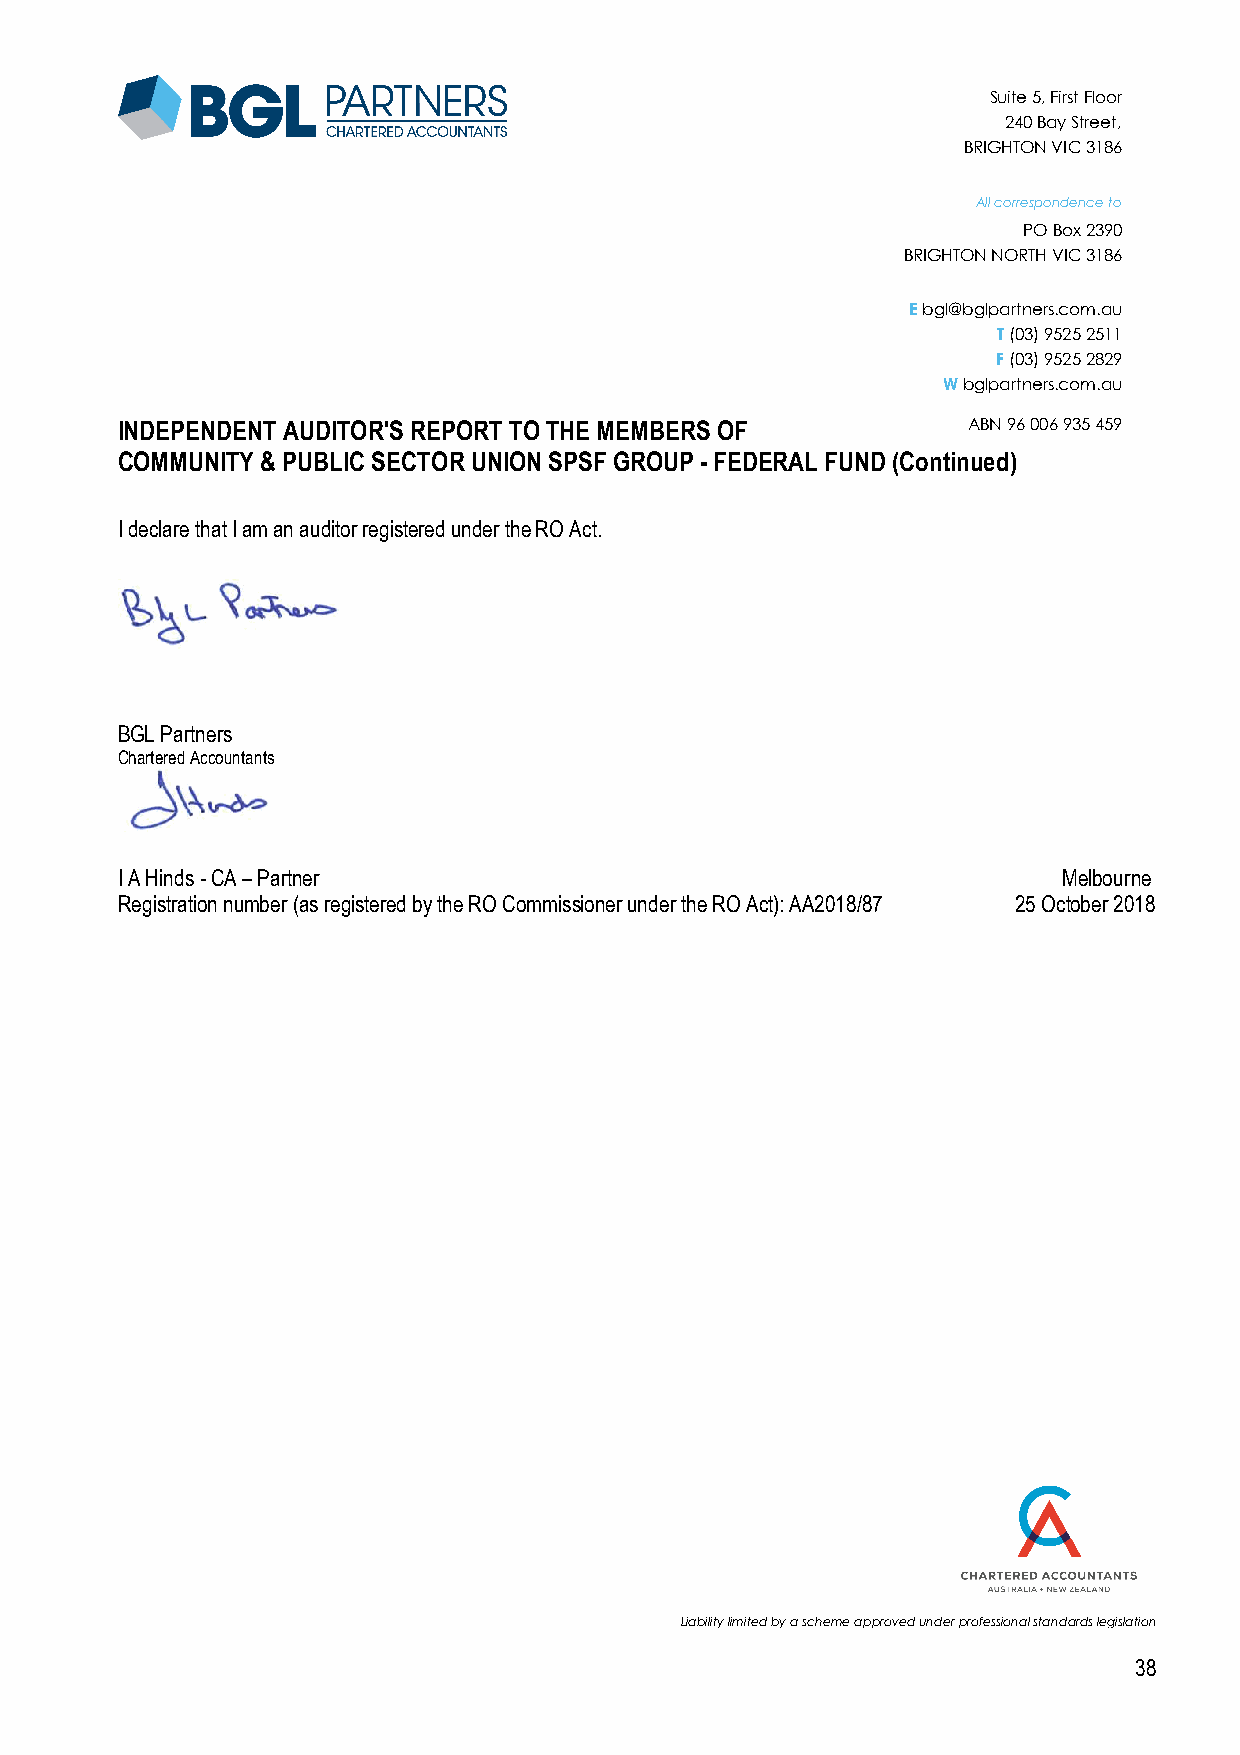
Suite 5, First Floor
 240 Bay Street,
 BRIGHTON VIC 3186
 All correspondence to
 PO Box 2390
 BRIGHTON NORTH VIC 3186
 E bgl@bglpartners.com.au
 T (03) 9525 2511
 F (03) 9525 2829
 W bglpartners.com.au
 INDEPENDENT AUDITOR'S REPORT TO THE MEMBERS OF          ABN 96 006 935 459
 COMMUNITY & PUBLIC SECTOR UNION SPSF GROUP - FEDERAL FUND (Continued)
 I declare that I am an auditor registered under the RO Act.
 BGL Partners
 Chartered Accountants
 I A Hinds - CA – Partner                                      Melbourne
 Registration number (as registered by the RO Commissioner under the RO Act): AA2018/87 25 October 2018
 Liability limited by a scheme approved under professional standards legislation
 38